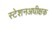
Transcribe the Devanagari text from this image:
स्टेशनअधीक्षक